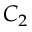
C _ { 2 }